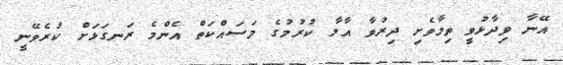
އޭނާ ވިދާޅުވީ ތިމާވެށި ދިރުވާ އާލާ ކުރުމުގެ މަސައްކަތް އެންމެ ރަނގަޅަށް ކުރެވޭނީ